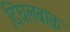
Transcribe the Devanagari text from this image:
दिघलबांक